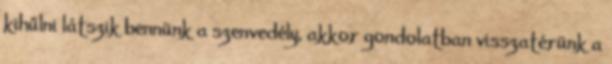
kihűlni látszik bennünk a szenvedély, akkor gondolatban visszatérünk a